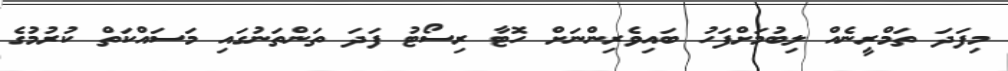
މިފަދަ ތަމްރީނެއް ލިބުމަށްފަހު ބައިވެރިންނަށް ހޮޓާ ރިސޯޓު ފަދަ ތަންތަނުގައި މަސައްކަތް ކުރުމުގެ